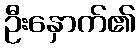
ဦးနှောက်၏